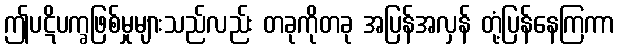
ဤပဋိပက္ခဖြစ်မှုများသည်လည်း တခုကိုတခု အပြန်အလှန် တုံ့ပြန်နေကြကာ